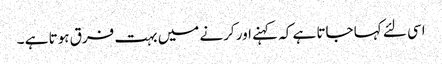
اسی لئے کہا جاتا ہے کہ کہنے اور کرنے میں بہت فرق ہوتا ہے ۔